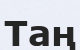
Таң